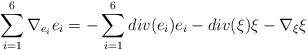
LaTeX: \begin{align*}\sum_{i=1}^6\nabla_{e_i}e_i&=-\sum_{i=1}^6 div(e_i)e_i-div(\xi)\xi-\nabla_\xi\xi\end{align*}